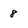
Character: 8